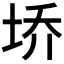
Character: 𰉩